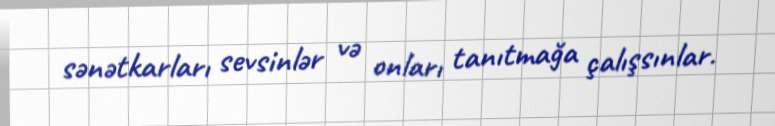
sənətkarları sevsinlər və onları tanıtmağa çalışsınlar.